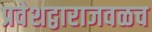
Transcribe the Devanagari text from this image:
प्रवेशद्वाराजवळच